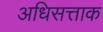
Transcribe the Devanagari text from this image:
अधिसत्ताक